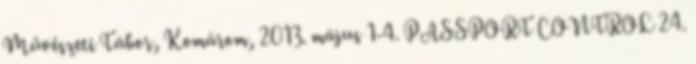
Művészeti Tábor, Komárom, 2013. május 1-4. PASSPORT CONTROL 24.